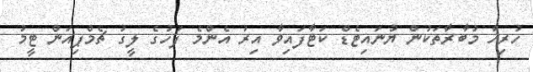
ހުރިހާ މުބާރާތަކުން ޔުނައިޓެޑް ކަޓާފައިވާ އިރު އެންމެ ފަހުގެ ލީގު ޗެމްޕިއަން ޓީމު